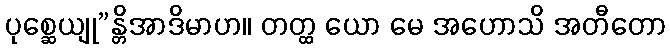
ပုစ္ဆေယျု”န္တိအာဒိမာဟ။ တတ္ထ ယော မေ အဟောသိ အတီတော